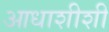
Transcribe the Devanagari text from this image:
आधाशीशी